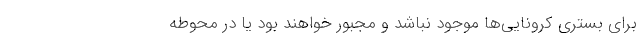
برای بستری کرونایی‌ها موجود نباشد و مجبور خواهند بود یا در محوطه